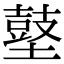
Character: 𪔋